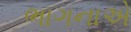
ભાગનાએ